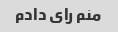
منم رای دادم